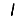
Digit: 1